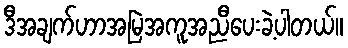
ဒီအချက်ဟာအမြဲအကူအညီပေးခဲ့ပါတယ်။